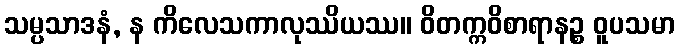
သမ္ပသာဒနံ, န ကိလေသကာလုဿိယဿ။ ဝိတက္ကဝိစာရာနဉ္စ ဝူပသမာ